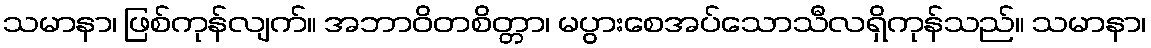
သမာနာ၊ ဖြစ်ကုန်လျက်။ အဘာဝိတစိတ္တာ၊ မပွားစေအပ်သောသီလရှိကုန်သည်။ သမာနာ၊